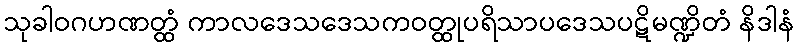
သုခါဝဂဟဏတ္ထံ ကာလဒေသဒေသကဝတ္ထုပရိသာပဒေသပဋိမဏ္ဍိတံ နိဒါနံ